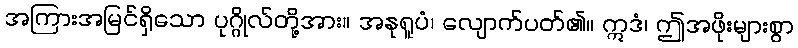
အကြားအမြင်ရှိသော ပုဂ္ဂိုလ်တို့အား။ အနုရူပံ၊ လျောက်ပတ်၏။ ဣဒံ၊ ဤအဖိုးများစွာ